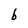
Character: b